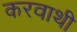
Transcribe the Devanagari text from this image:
करवाथी